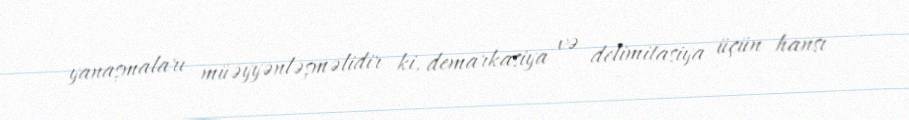
yanaşmaları müəyyənləşməlidir ki, demarkasiya və delimitasiya üçün hansı